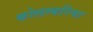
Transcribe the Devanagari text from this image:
कोलम्बरिया